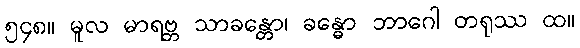
၅၄၈။ မူလ မာရဗ္ဘ သာခန္တော၊ ခန္ဓော ဘာဂေါ တရုဿ ထ။